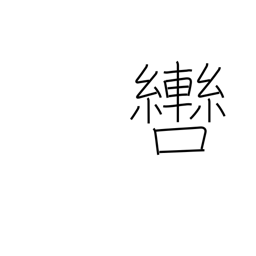
Meaning: bit (horse)